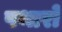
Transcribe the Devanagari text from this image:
पथारो